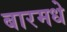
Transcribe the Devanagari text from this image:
बारमधे